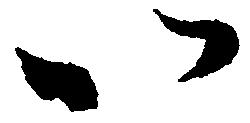
以